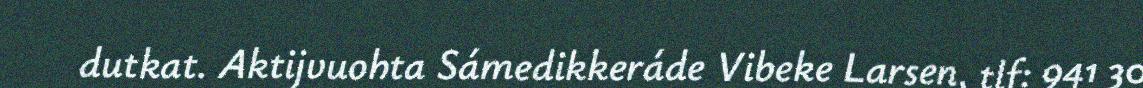
dutkat. Aktijvuohta Sámedikkeráde Vibeke Larsen, tlf: 941 30